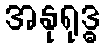
အနုရုဒ္ဓ